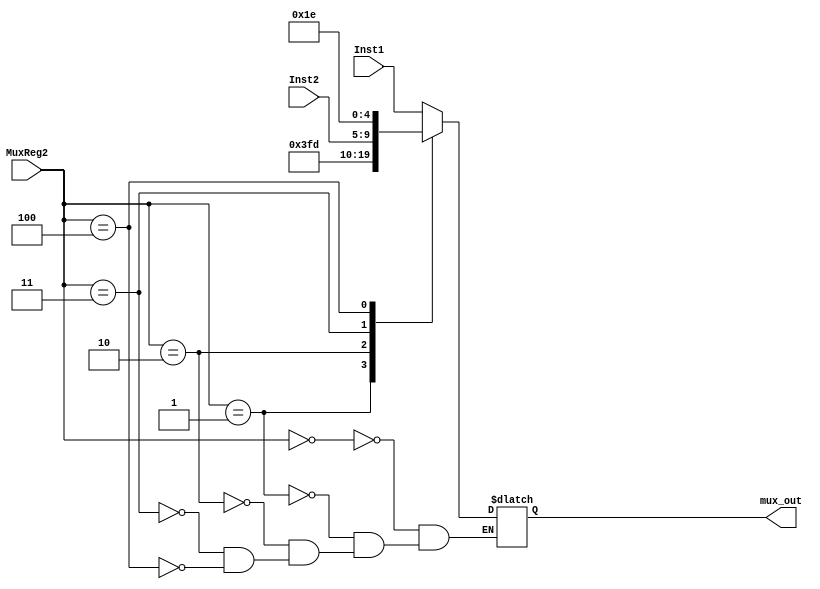
module MuxRegDois(MuxReg2, Inst1, Inst2, mux_out);

input [2:0] MuxReg2;
input [4:0] Inst1;
input [4:0] Inst2;

output reg [4:0] mux_out;

always @ (MuxReg2)
begin

case(MuxReg2)
3'd0:mux_out <= Inst1;
3'd1:mux_out <= 5'd31;
3'd2:mux_out <= 5'd29;
3'd3:mux_out <= Inst2;
3'd4:mux_out <= 5'd30;
endcase

end
endmodule